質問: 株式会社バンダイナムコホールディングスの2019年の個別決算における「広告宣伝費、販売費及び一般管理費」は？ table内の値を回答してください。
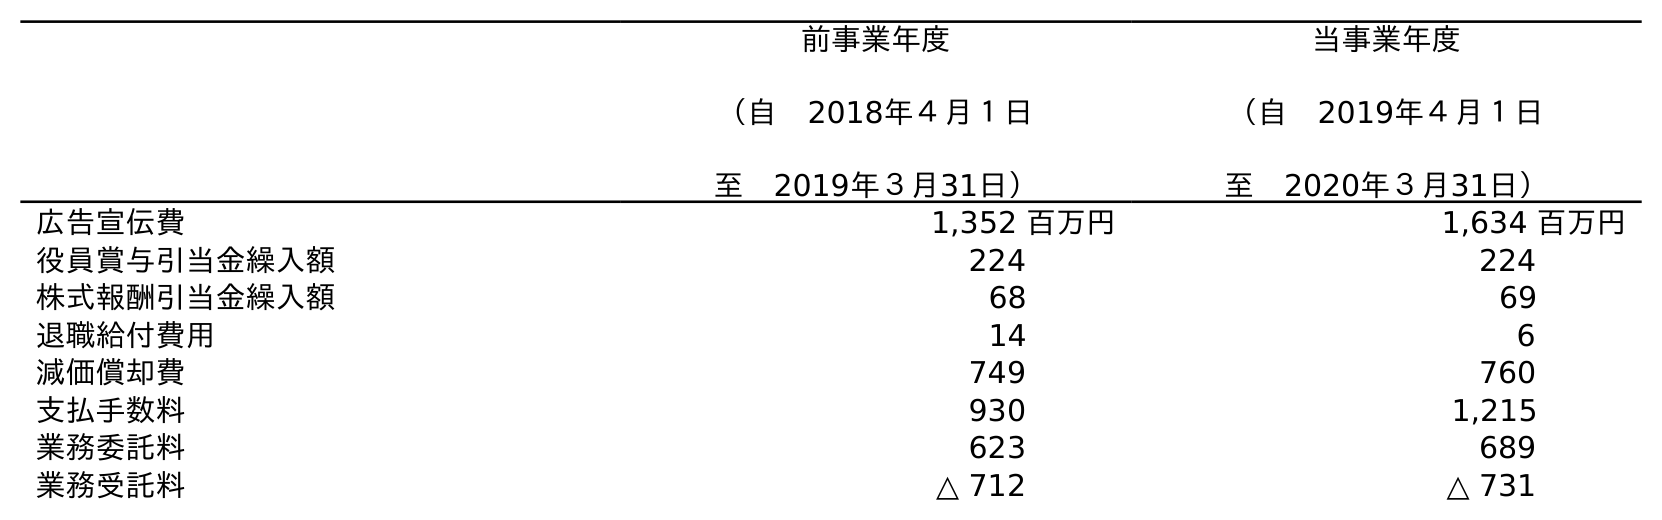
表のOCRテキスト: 前事業年度 （自 2018年４月１日 至 2019年３月31日） 当事業年度 （自 2019年４月１日 至 2020年３月31日） 広告宣伝費 1,352 百万円 1,634 百万円 役員賞与引当金繰入額 224 224 株式報酬引当金繰入額 68 69 退職給付費用 14 6 減価償却費 749 760 支払手数料 930 1,215 業務委託料 623 689 業務受託料 △ 712 △ 731
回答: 1,352百万円